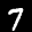
Label: 7